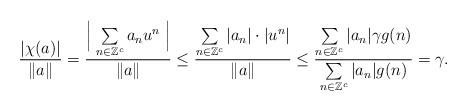
LaTeX: \begin{align*}\frac{|\chi(a)|}{\|a\|}=\frac{\Bigm|\sum\limits_{n \in \mathbb Z^c}a_n u^n\Bigm|}{\|a\|}\le\frac{\sum\limits_{n \in \mathbb Z^c}|a_n|\cdot |u^n|}{\|a\|}\le \frac{\sum\limits_{n \in \mathbb Z^c}|a_n|\gamma g(n)}{\sum\limits_{n \in \mathbb Z^c}|a_n|g(n)}=\gamma.\end{align*}